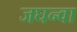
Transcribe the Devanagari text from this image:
जघन्वा